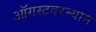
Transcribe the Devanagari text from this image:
ऑगस्टदरम्यान